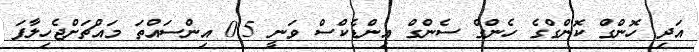
އަދި ހޮންގް ކޮންގްގެ ހެންގް ސެންގް އިންޑެކްސް ވަނީ 0.5 އިންސައްތަ މައްޗަށްޖެހިލާފަ